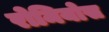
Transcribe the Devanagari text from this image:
रोमियोस